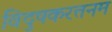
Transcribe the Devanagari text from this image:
विदुषकरत्तनम